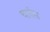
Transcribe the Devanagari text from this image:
चार्रस